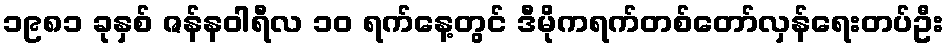
၁၉၈၁ ခုနှစ် ဇန်နဝါရီလ ၁၀ ရက်နေ့တွင် ဒီမိုကရက်တစ်တော်လှန်ရေးတပ်ဦး